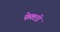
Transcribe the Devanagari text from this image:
फेक्टरी